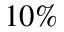
1 0 \%